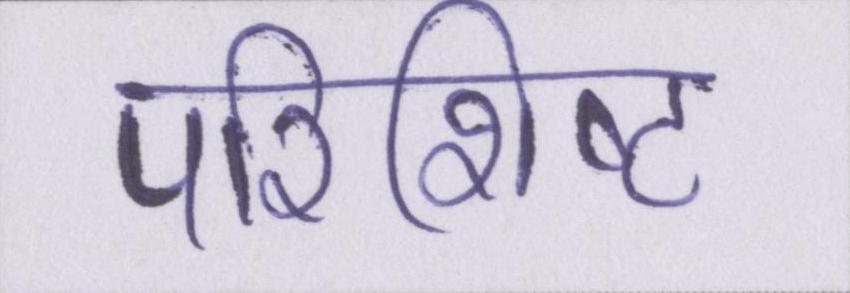
परिशिष्ट